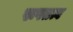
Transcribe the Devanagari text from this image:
रूपतत्व